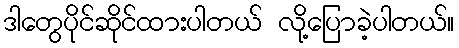
ဒါတွေပိုင်ဆိုင်ထားပါတယ် လို့ပြောခဲ့ပါတယ်။